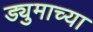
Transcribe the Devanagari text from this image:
ड्युमाच्या